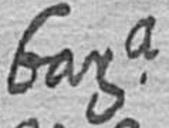
bara